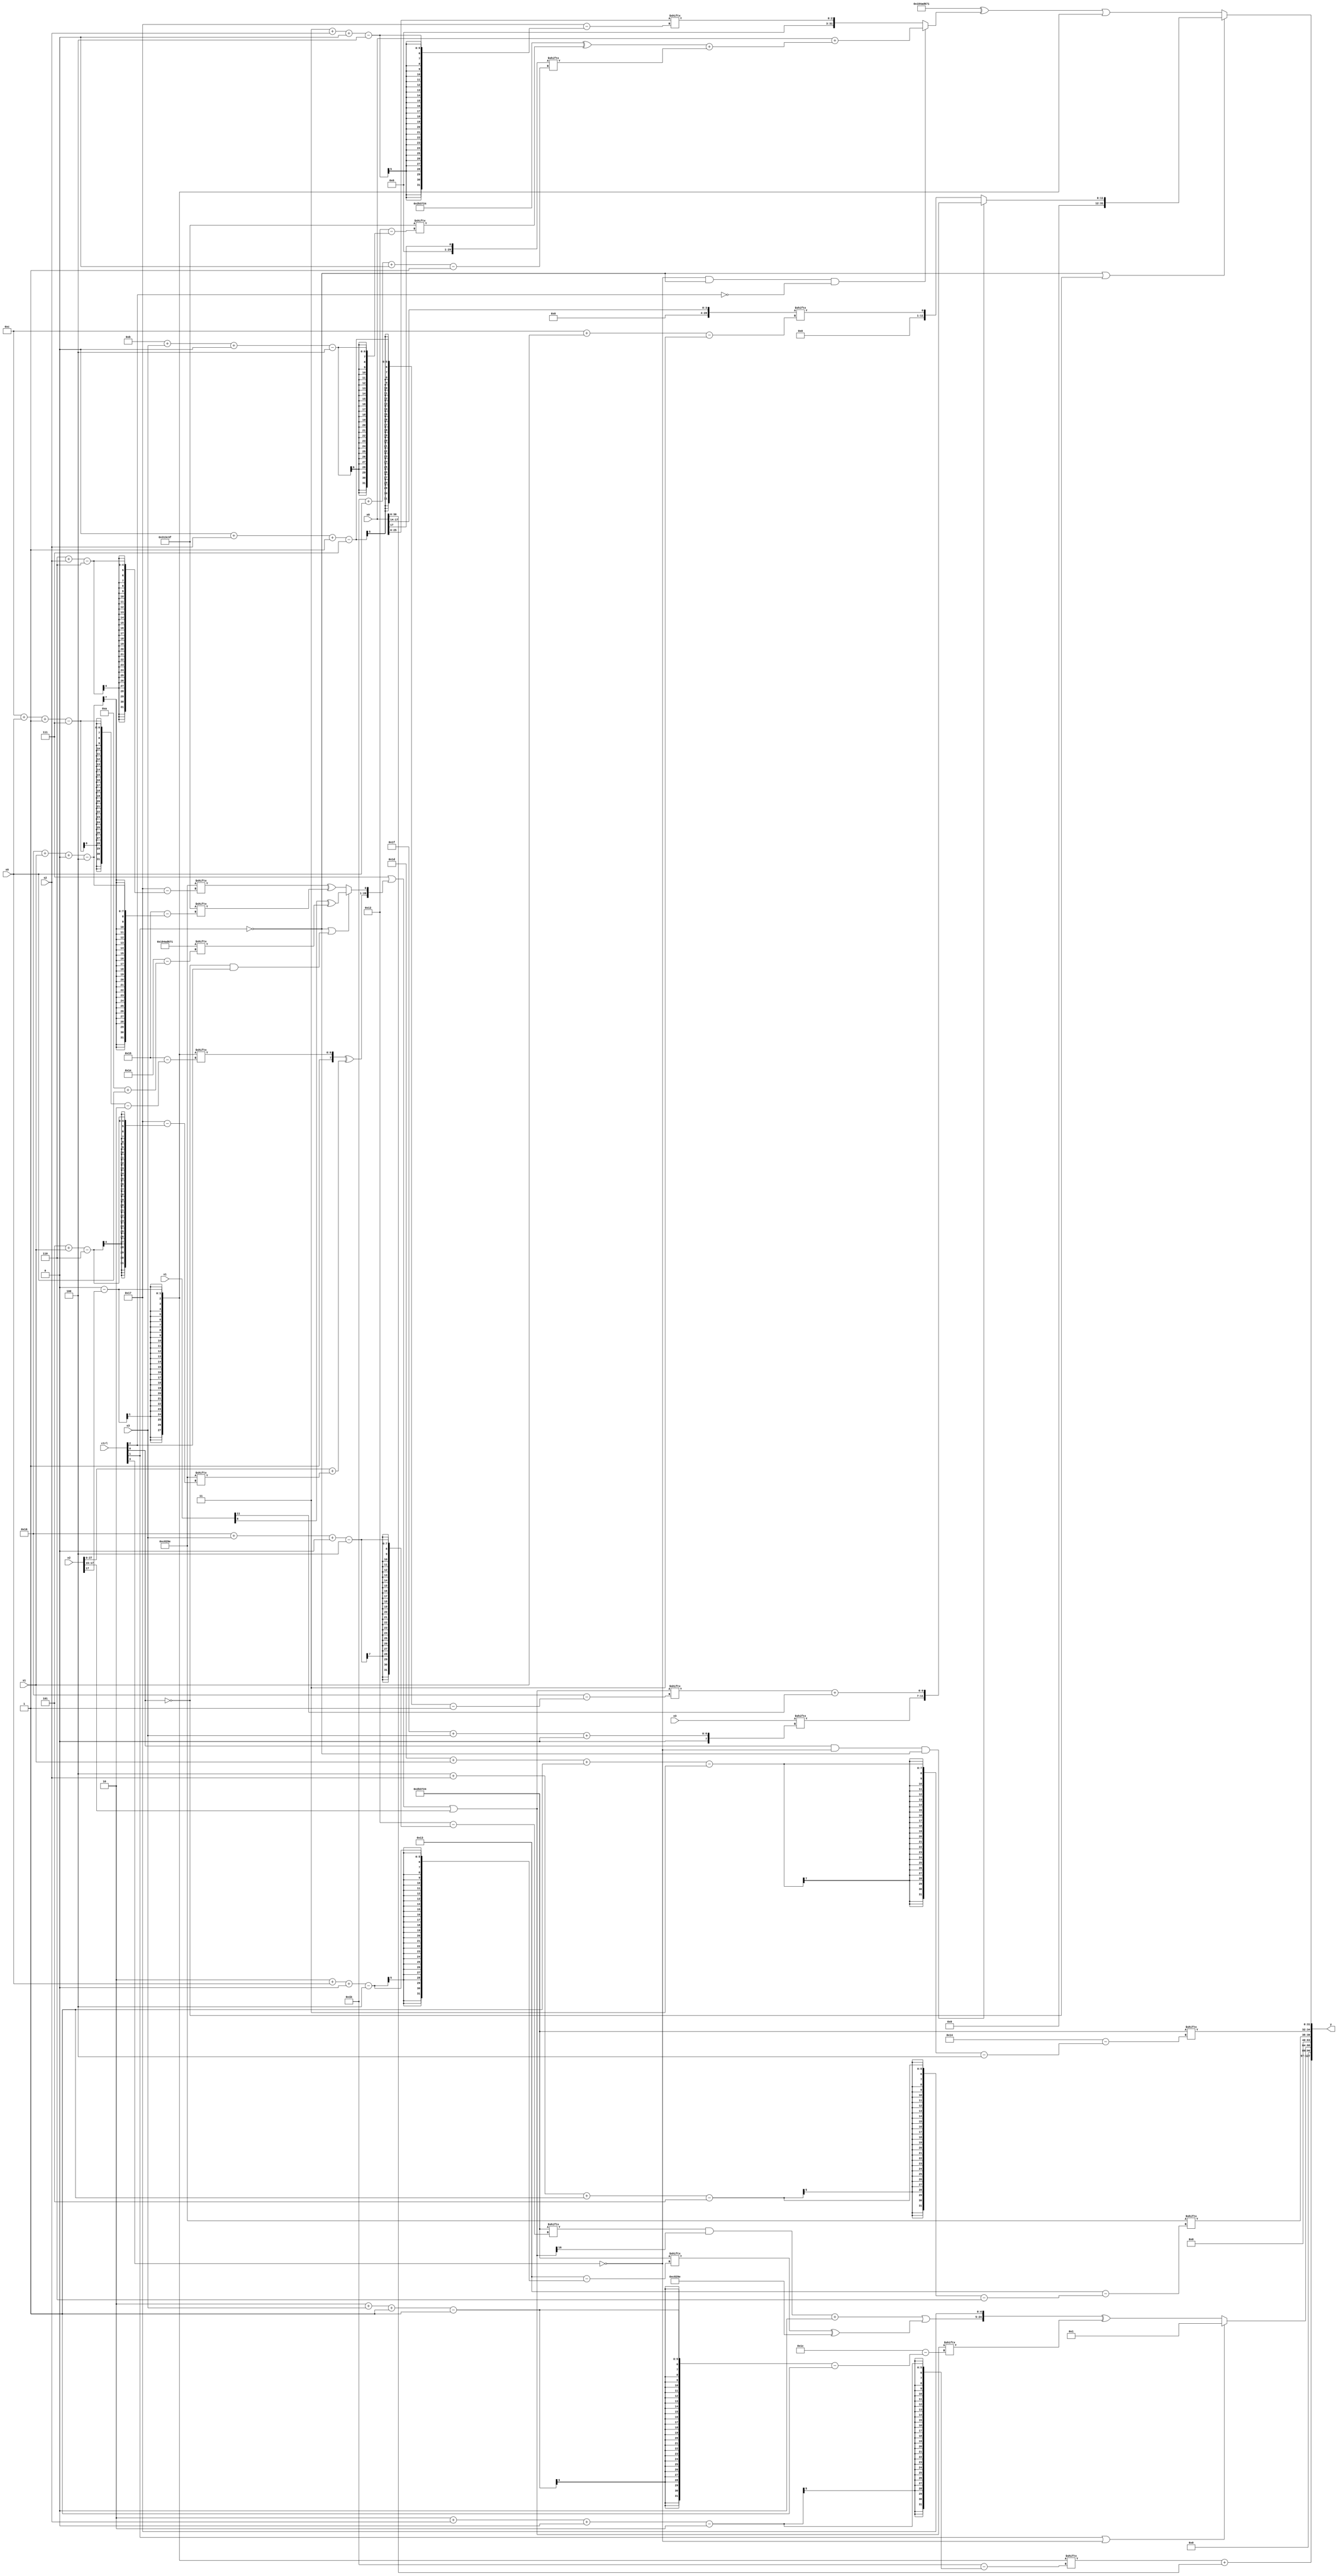
module partsel_00631(ctrl, s0, s1, s2, s3, x0, x1, x2, x3, y);
  input [3:0] ctrl;
  input [2:0] s0;
  input [2:0] s1;
  input [2:0] s2;
  input [2:0] s3;
  input signed [31:0] x0;
  input signed [31:0] x1;
  input [31:0] x2;
  input signed [31:0] x3;
  wire [25:3] x4;
  wire [31:3] x5;
  wire signed [0:26] x6;
  wire [28:6] x7;
  wire signed [0:24] x8;
  wire signed [29:1] x9;
  wire signed [2:29] x10;
  wire [2:27] x11;
  wire [1:29] x12;
  wire [4:29] x13;
  wire [30:1] x14;
  wire [30:5] x15;
  output [127:0] y;
  wire [31:0] y0;
  wire signed [31:0] y1;
  wire signed [31:0] y2;
  wire signed [31:0] y3;
  assign y = {y0,y1,y2,y3};
  localparam signed [4:25] p0 = 158415935;
  localparam [0:30] p1 = 407557745;
  localparam signed [6:29] p2 = 504136350;
  localparam signed [4:26] p3 = 69941028;
  assign x4 = x2[10 + s1 +: 7];
  assign x5 = x0[14 +: 4];
  assign x6 = p2;
  assign x7 = (p0 + {2{p1}});
  assign x8 = (p1[12 + s2 +: 2] ^ p0[21 -: 3]);
  assign x9 = x8[22 -: 3];
  assign x10 = (ctrl[1] && !ctrl[1] && ctrl[3] ? ((p3[2 + s3 +: 4] + (!ctrl[0] || ctrl[0] || ctrl[3] ? (p2 ^ x2[20]) : x6[13 + s1])) - p2) : (x5[22 -: 3] - x2[17 +: 1]));
  assign x11 = p1[17 + s2 +: 5];
  assign x12 = ((p3[15 +: 4] | {({x6[8], x10[12 + s0 -: 7]} ^ (x2 + p2[5 + s1])), (!ctrl[1] || !ctrl[0] && ctrl[2] ? (x1[8] ^ p1[10 + s0]) : (p2[6 + s2] ^ p0[22 + s1 +: 1]))}) | x2[15 +: 3]);
  assign x13 = x0;
  assign x14 = x0[17 -: 1];
  assign x15 = (x9 + x13[19 -: 1]);
  assign y0 = {(x10[2 + s2 +: 1] + x0), x8[10]};
  assign y1 = (ctrl[1] || !ctrl[3] && !ctrl[3] ? p0[13] : ({(((p3[22 + s3 +: 5] & x12[13]) + x14[14 +: 1]) | (p3[2 + s0 +: 4] ^ x6)), {p3[22 -: 2], p0[13 +: 3]}} ^ x12[2 + s3 -: 1]));
  assign y2 = {p2[4 + s2 -: 5], p3[29 + s1 -: 3]};
  assign y3 = {{(p1 | p2[13 +: 2]), p1[17 + s1 +: 2]}, (!ctrl[1] || !ctrl[0] && !ctrl[0] ? (ctrl[0] && !ctrl[3] && !ctrl[1] ? {x3[31 + s3 +: 5], (x12[0 + s2 -: 7] + x1[11])} : x5[12 + s1]) : ((p1 ^ (!ctrl[3] && !ctrl[1] && !ctrl[2] ? (x0 + (((p3 | x8[21 -: 4]) ^ p0[11 + s3 +: 4]) + x14[27 + s0 +: 7])) : x13[3 + s2 +: 3])) | x10))};
endmodule